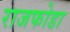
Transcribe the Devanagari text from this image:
राजफोडा